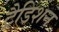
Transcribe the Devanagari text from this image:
ट्रैडिशन